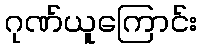
ဂုဏ်ယူကြောင်း